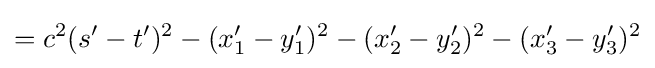
=c^{2}(s'-t')^{2}-(x'_{1}-y'_{1})^{2}-(x'_{2}-y'_{2})^{2}-(x'_{3}-y'_{3})^{2}